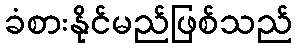
ခံစားနိုင်မည်ဖြစ်သည်